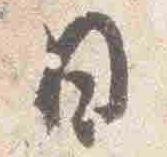
日